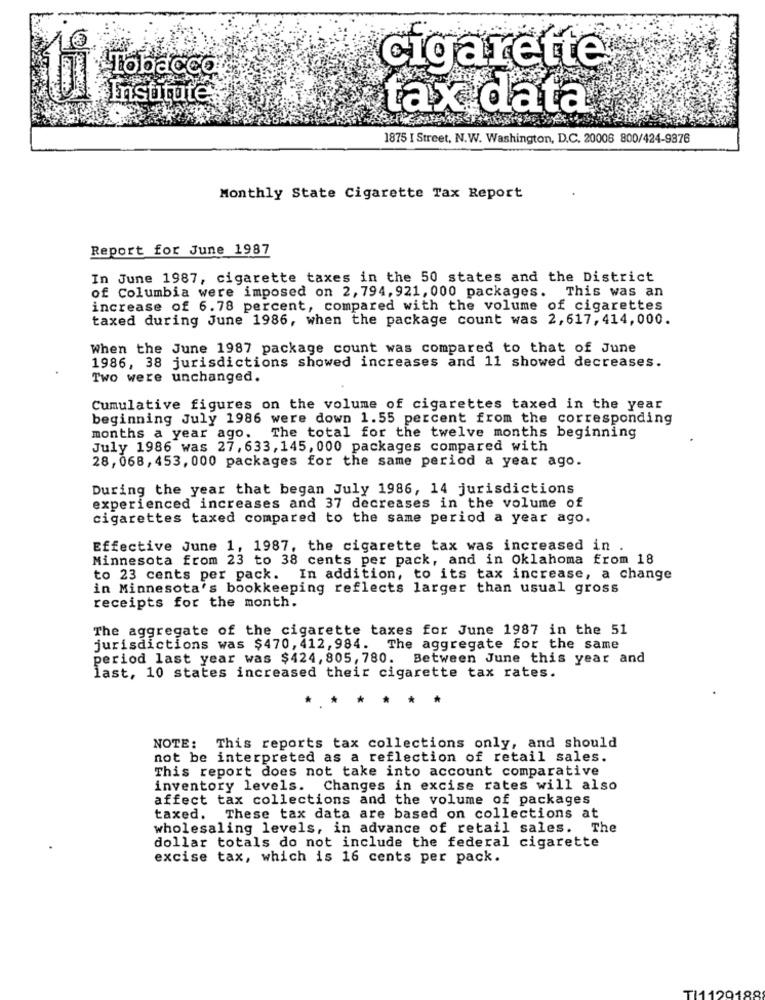
Tobacco
cigarette
Institute
tax data
1875 I Street, N.W. Washington, D.C. 20006 800/424-9376
Monthly State Cigarette Tax Report
Report for June 1987
In June 1987, cigarette taxes in the 50 states and the District
of Columbia were imposed on 2, 794, 921, 000 packages. This was an
increase of 6.78 percent, compared with the volume of cigarettes
taxed during June 1986, when the package count was 2, 617, 414,000.
When the June 1987 package count was compared to that of June
1986, 38 jurisdictions showed increases and 11 showed decreases.
Two were unchanged.
Cumulative figures on the volume of cigarettes taxed in the year
beginning July 1986 were down 1.55 percent from the corresponding
months a year ago.
The total for the twelve months beginning
July 1986 was 27, 633, 145, 000 packages compared with
28, 068, 453, 000 packages for the same period a year ago.
During the year that began July 1986, 14 jurisdictions
experienced increases and 37 decreases in the volume of
cigarettes taxed compared to the same period a year ago.
Effective June 1, 1987, the cigarette tax was increased in .
Minnesota from 23 to 38 cents per pack, and in Oklahoma from 18
to 23 cents per pack. In addition, to its tax increase, a change
in Minnesota's bookkeeping reflects larger than usual gross
receipts for the month.
The aggregate of the cigarette taxes for June 1987 in the 51
jurisdictions was $470, 412, 984. The aggregate for the same
period last year was $424, 805, 780. Between June this year and
last, 10 states increased their cigarette tax rates.
*
*
*
*
NOTE: This reports tax collections only, and should
not be interpreted as a reflection of retail sales.
This report does not take into account comparative
inventory levels. Changes in excise rates will also
affect tax collections and the volume of packages
taxed. These tax data are based on collections at
wholesaling levels, in advance of retail sales. The
dollar totals do not include the federal cigarette
excise tax, which is 16 cents per pack.
TI1120